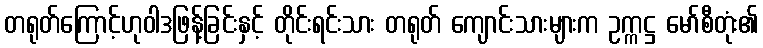
တရုတ်ကြောင့်ဟုဝါဒဖြန့်ခြင်းနှင့် တိုင်းရင်းသား တရုတ် ကျောင်းသားများက ဥက္ကဋ္ဌ မော်စီတုံး၏